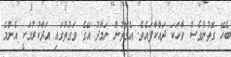
ބެހޭ ގޮތުންވެސް ވާހަކަ ދައްކާފައެވެ. އެގޮތުން ނަމާދު އޭގެ ވަގުތުގައި އަދާކުރުމަކީ އެންމެ